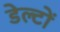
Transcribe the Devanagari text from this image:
डेल्टों